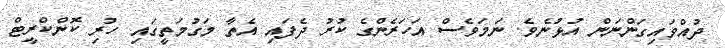
ދުއްވައިގަންނަން އުޅުނެވެ. ނަމަވެސް އަހަރެންގެ ކުރު ދެފައި އެތާ މަގުމަތީގައި ހުރި ކޮންކްރީޓް